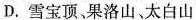
D.雪宝顶、果洛山、太白山